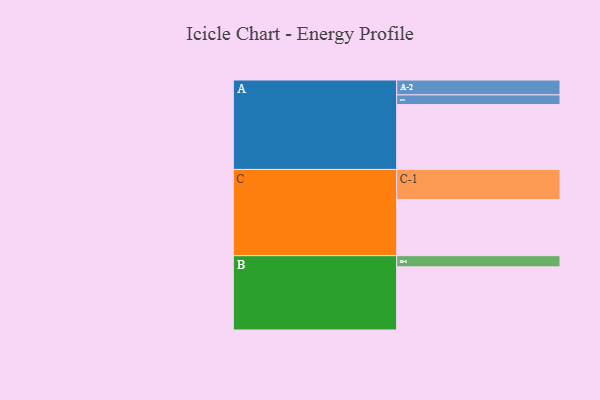
{"axis": {"x": "Segment", "y": "Value"}, "legend": ["", "A", "B", "C"], "data": [{"x": "A", "y": 562, "type": ""}, {"x": "B", "y": 547, "type": ""}, {"x": "C", "y": 486, "type": ""}, {"x": "A-1", "y": 84, "type": "A"}, {"x": "A-2", "y": 129, "type": "A"}, {"x": "B-1", "y": 97, "type": "B"}, {"x": "C-1", "y": 261, "type": "C"}]}